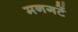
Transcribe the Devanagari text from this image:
मनगटें